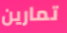
تمارين